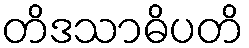
တိဒသာဓိပတိ